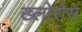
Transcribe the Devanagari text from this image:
ख्लोरोस